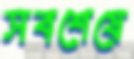
সবশেষে